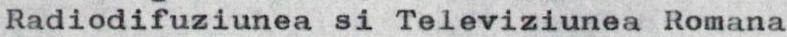
Radiodifuziunea si Televiziunea Romana